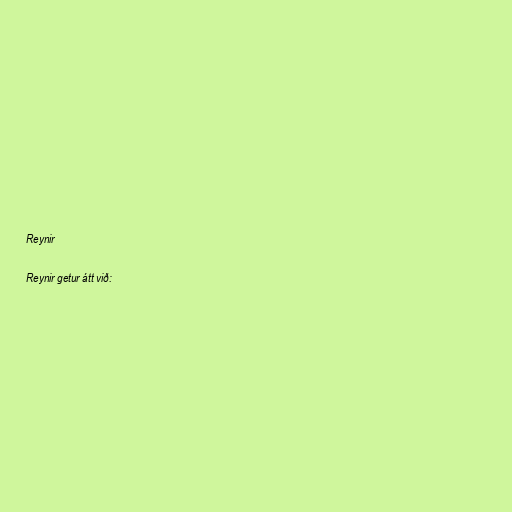
Reynir

Reynir getur átt við: